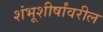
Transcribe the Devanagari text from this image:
शंभूशीर्षांवरील